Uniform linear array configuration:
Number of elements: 16
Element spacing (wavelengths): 0.5
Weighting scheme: hann
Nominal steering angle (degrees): -15
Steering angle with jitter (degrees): -13.663
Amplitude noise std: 0.05
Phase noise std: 0.05

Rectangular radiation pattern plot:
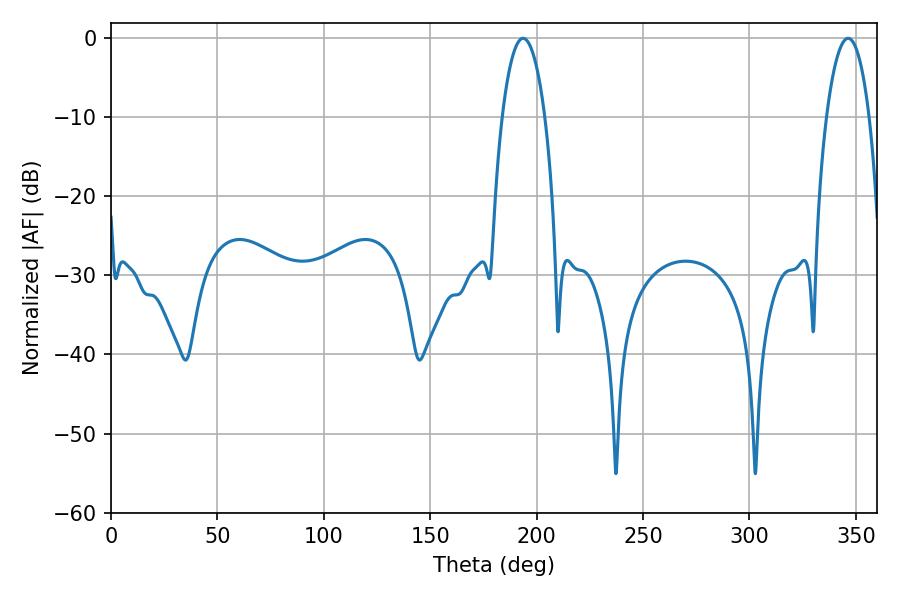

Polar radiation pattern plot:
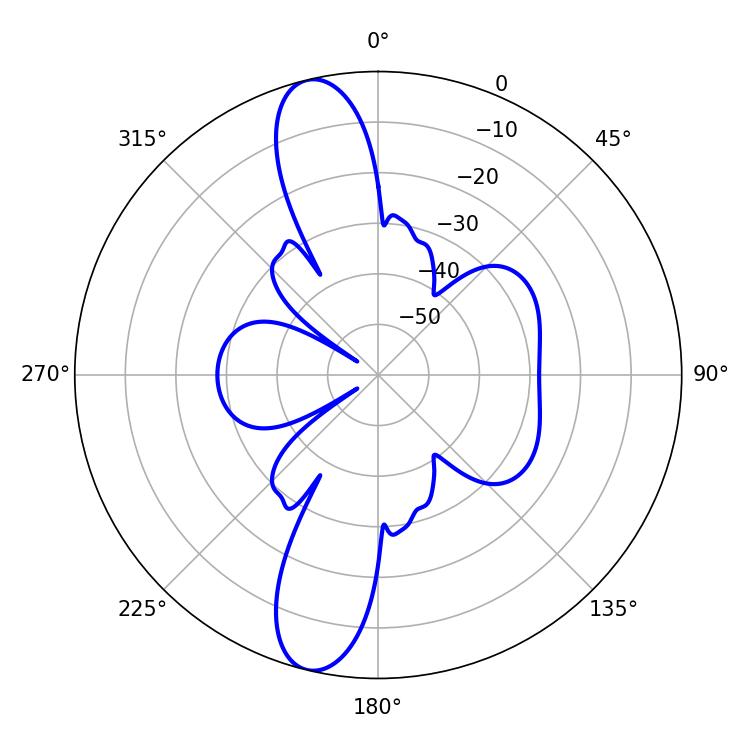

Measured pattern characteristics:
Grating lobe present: FALSE
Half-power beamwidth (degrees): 11.16
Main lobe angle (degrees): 193.68